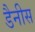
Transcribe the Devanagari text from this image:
डैनीस